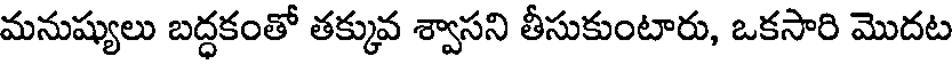
మనుష్యులు బద్ధకంతో తక్కువ శ్వాసని తీసుకుంటారు, ఒకసారి మొదట